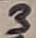
Text: 3